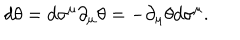
LaTeX: d \theta = d \sigma ^ { \mu } \partial _ { \mu } \theta = - \partial _ { \mu } \theta d \sigma ^ { \mu } .